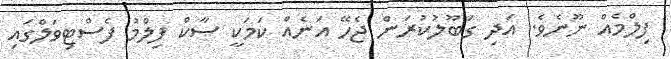
ފިލްމެއް ނޫނެވެ. އަދި ގަބޫލުކުރަން ޖެހޭ އަނެއް ކަމަކީ ސާކް ފިލްމު ފެސްޓިވަލްގައި